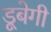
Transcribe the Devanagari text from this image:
डूबेगी